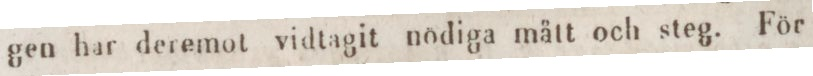
gen har deremot vidtagit nödiga mått och steg. För